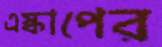
এস্কাপের